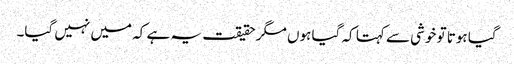
گیا ہوتا تو خوشی سے کہتا کہ گیا ہوں مگر حقیقت یہ ہے کہ میں نہیں گیا۔